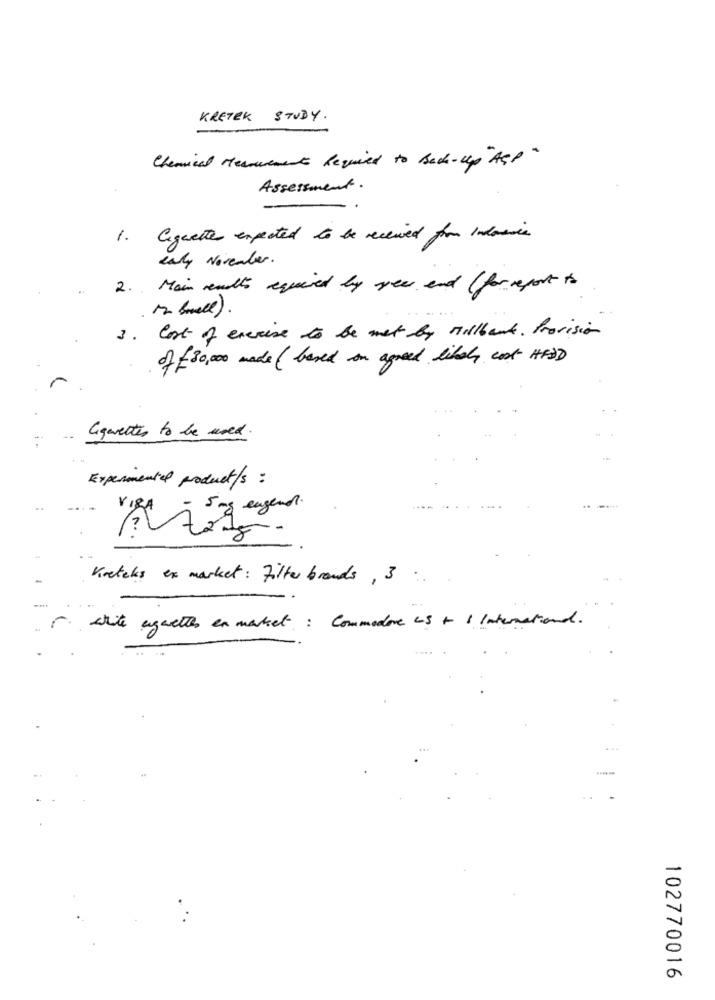
KRETEK STUDY.
Chemical Measurement Required to Back-up"Agp"
Assessment.
1.
Cigarettes expected to be received from Indosis
early November.
2 .. Main realtà Required by seer end ( forreport is
12 bull).
3.
Cost of exercise to be met by Millbaut Provision
of =30,000 made (based on agreed likely cost HFD)
Cigarettes to be used.
Experimental product/s :
VIRA
5 mg eugenol.
Korteks ex market : Filter brands , 3 :
- white aguettes en market : Commodore LS + 6 International.
102770016